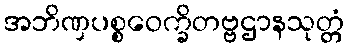
အဘိဏှပစ္စဝေက္ခိတဗ္ဗဌာနသုတ္တံ